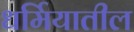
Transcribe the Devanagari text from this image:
धर्मियातील